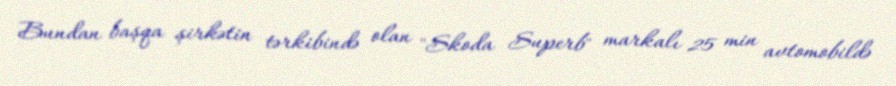
Bundan başqa şirkətin tərkibində olan "Skoda Superb" markalı 25 min avtomobildə